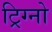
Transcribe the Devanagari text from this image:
ट्रिग्नो